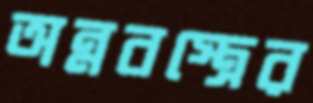
অন্নবস্ত্রের